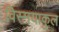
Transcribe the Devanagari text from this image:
विस्मयाकुल